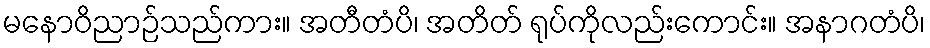
မနောဝိညာဉ်သည်ကား။ အတီတံပိ၊ အတိတ် ရုပ်ကိုလည်းကောင်း။ အနာဂတံပိ၊